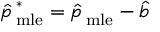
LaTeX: { \hat { p \, } } _ { \mathrm { m l e } } ^ { * } = { \hat { p \, } } _ { \mathrm { m l e } } - { \hat { b \, } }